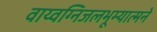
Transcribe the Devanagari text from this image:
वाय्वग्निजलभूम्यात्मने